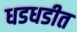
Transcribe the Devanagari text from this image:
धडधडीत